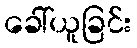
ခေါ်ယူခြင်း